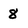
Character: 8